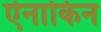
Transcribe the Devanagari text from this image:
ऐनाकिन